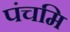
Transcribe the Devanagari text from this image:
पंचमि